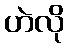
ဟဲလို